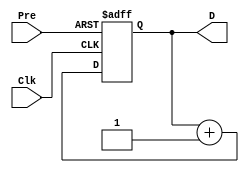
// Ch08 cnt0.v
// TGiWp

module cnt0 (Clk, Pre, D);
input  Clk, Pre;	// @J
output [2:0] D;	// TX 
reg    [2:0] D;	// is

// Wto, Wp
always@ (posedge Clk or negedge Pre)  // DPBwm, CX
  if (!Pre)			// Pre  0 Awmp 111
    D = 3'b111;
  else
    D = D + 1;		// p[@

endmodule